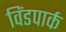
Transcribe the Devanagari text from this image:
विंडपार्क